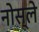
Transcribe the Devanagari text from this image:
नोस्ले